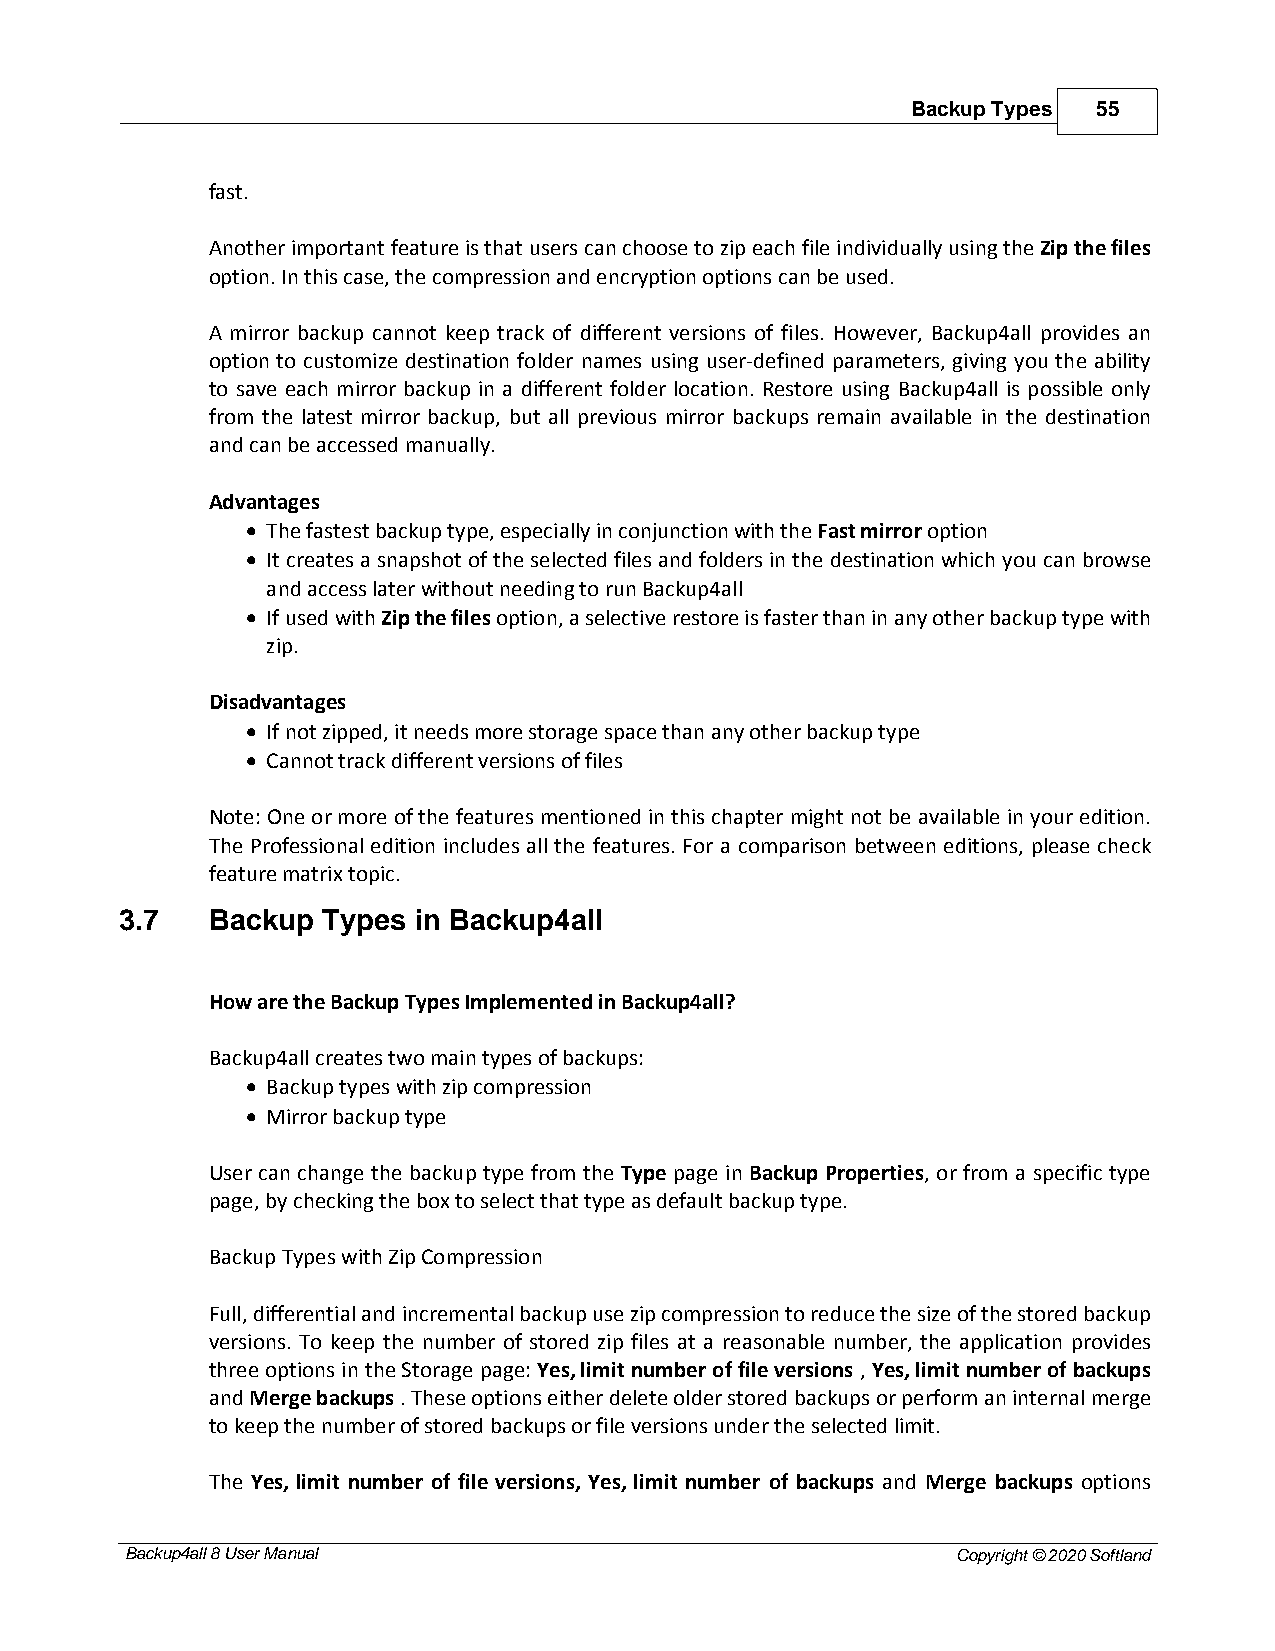
Backup Types 55
 fast.
 Another important feature is that users can choose to zip each file individually using the Zip the files
 option. In this case, the compression and encryption options can be used.
 A mirror backup cannot keep track of different versions of files. However, Backup4all provides an
 option to customize destination folder names using user-defined parameters, giving you the ability
 to save each mirror backup in a different folder location. Restore using Backup4all is possible only
 from the latest mirror backup, but all previous mirror backups remain available in the destination
 and can be accessed manually.
 Advantages
 · The fastest backup type, especially in conjunction with the Fast mirror option
 · It creates a snapshot of the selected files and folders in the destination which you can browse
 and access later without needing to run Backup4all
 · If used with Zip the files option, a selective restore is faster than in any other backup type with
 zip.
 Disadvantages
 · If not zipped, it needs more storage space than any other backup type
 · Cannot track different versions of files
 Note: One or more of the features mentioned in this chapter might not be available in your edition.
 The Professional edition includes all the features. For a comparison between editions, please check
 feature matrix topic.
 3.7   Backup Types in Backup4all
 How are the Backup Types Implemented in Backup4all?
 Backup4all creates two main types of backups:
 · Backup types with zip compression
 · Mirror backup type
 User can change the backup type from the Type page in Backup Properties, or from a specific type
 page, by checking the box to select that type as default backup type.
 Backup Types with Zip Compression
 Full, differential and incremental backup use zip compression to reduce the size of the stored backup
 versions. To keep the number of stored zip files at a reasonable number, the application provides
 three options in the Storage page: Yes, limit number of file versions , Yes, limit number of backups
 and Merge backups . These options either delete older stored backups or perform an internal merge
 to keep the number of stored backups or file versions under the selected limit.
 The Yes, limit number of file versions, Yes, limit number of backups and Merge backups options
 Backup4all 8 User Manual                               Copyright © 2020 Softland